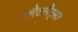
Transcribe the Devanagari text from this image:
प्लैटलैट्स।